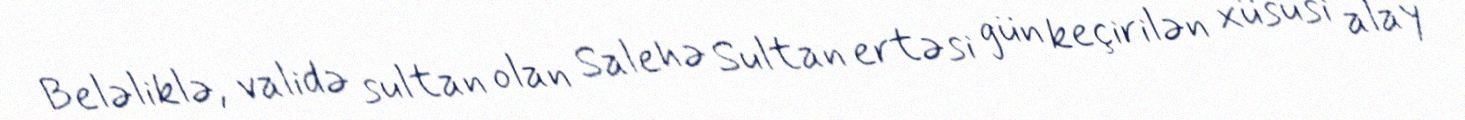
Beləliklə, validə sultan olan Salehə Sultan ertəsi gün keçirilən xüsusi alay